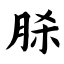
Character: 脎